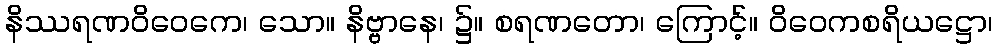
နိဿရဏဝိဝေကေ၊ သော။ နိဗ္ဗာနေ၊ ၌။ စရဏတော၊ ကြောင့်။ ဝိဝေကစရိယဋ္ဌော၊